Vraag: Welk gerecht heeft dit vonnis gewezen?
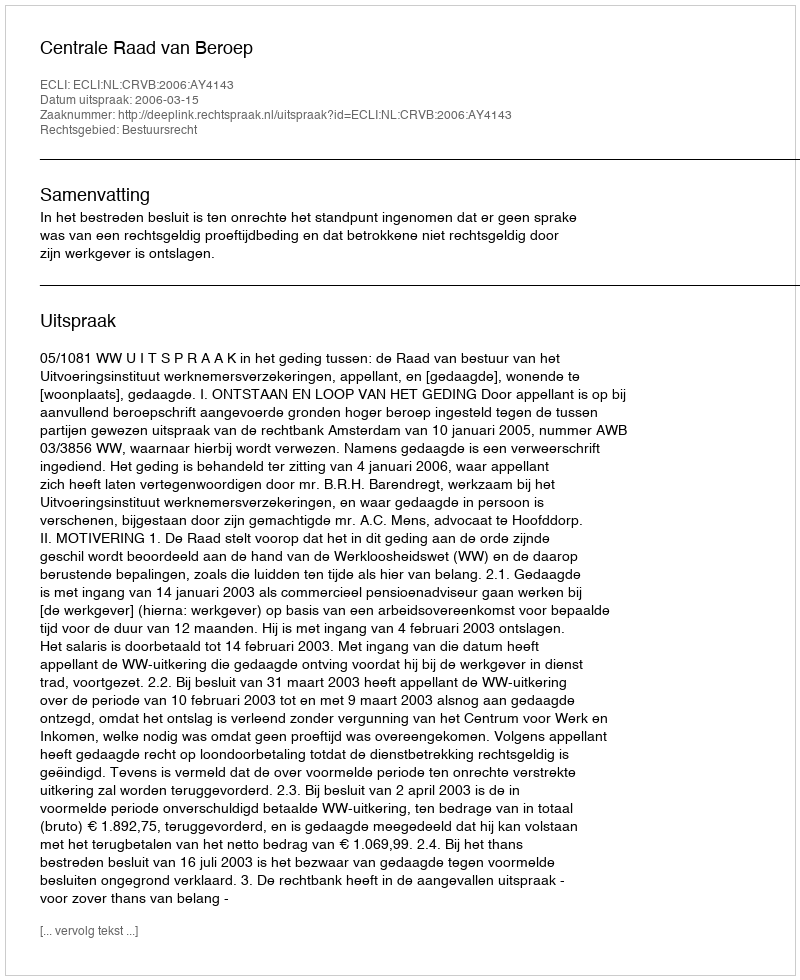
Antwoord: Centrale Raad van Beroep